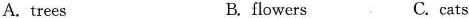
A. trees B. flowers C. cats